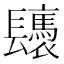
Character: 𨳀